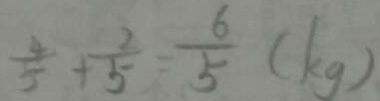
\frac { 4 } { 5 } + \frac { 2 } { 5 } = \frac { 6 } { 5 } ( k g )